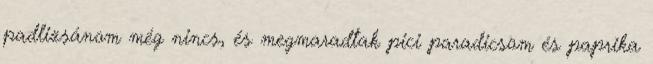
padlizsánom még nincs, és megmaradtak pici paradicsom és paprika